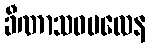
ခီဏာသဝဗလေန